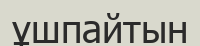
ұшпайтын